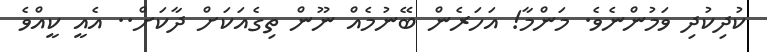
ކުދިކުދި ވަމުންނެވެ. މަންމާ! އަހަރެން ބޭނުމެއް ނޫން ތިގެއަކަށް ދާކަށް.. އެއީ ކީއްވެ